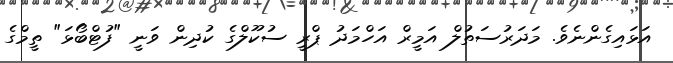
އަޅައިގެންނެވެ. މަދަރުސަތުލް އަމީރް އަހްމަދު ޕްރީ ސުކޫލްގެ ކުދިން ވަނީ "ފުޓްބޯޅަ" ތީމްގެ